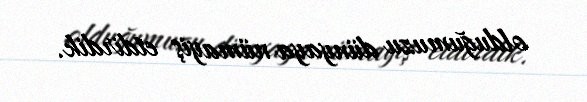
olduğumuzu dünyaya nümayiş etdirdik.